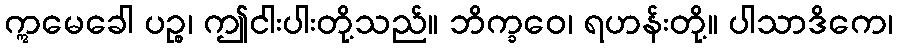
ဣမေခေါ ပဉ္စ၊ ဤငါးပါးတို့သည်။ ဘိက္ခဝေ၊ ရဟန်းတို့။ ပါသာဒိကေ၊